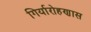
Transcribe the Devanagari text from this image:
गिर्यारोहणास